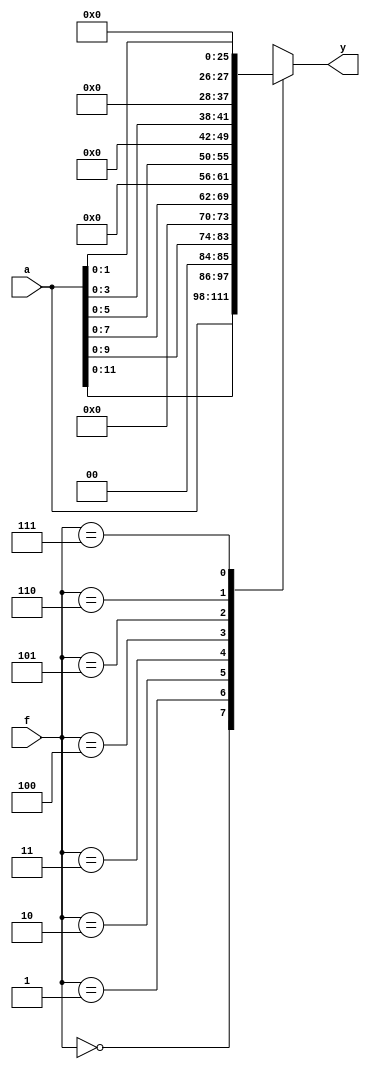
module lsh(
     input wire [13:0] a,
     input wire [2:0] f,
     output reg [13:0] y
    );

   // left shifter
   always @*
     case(f)
         3'b000: y = a;
         3'b001: y = {a[11:0], 2'b0};
         3'b010: y = {a[9:0], 4'b0};
         3'b011: y = {a[7:0], 6'b0};
         3'b100: y = {a[5:0], 8'b0};
         3'b101: y = {a[3:0], 10'b0};
         3'b110: y = {a[1:0], 12'b0};
         3'b111: y = 14'b0;
      endcase 
endmodule